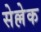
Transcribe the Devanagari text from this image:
सेल्लेक